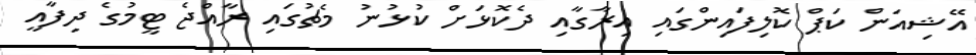
އޭޝިއަން ކަޕް ކޮލިފައިންގައި އިރާގާއި ދެކޮޅަށް ކުޅުނު މެޗުގައި ރާއްޖެ ޓީމުގެ ދިފާއީ